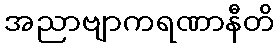
အညာဗျာကရဏာနီတိ